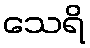
သေရိ